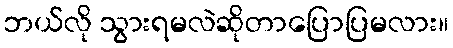
ဘယ်လို သွားရမလဲဆိုတာပြောပြမလား။